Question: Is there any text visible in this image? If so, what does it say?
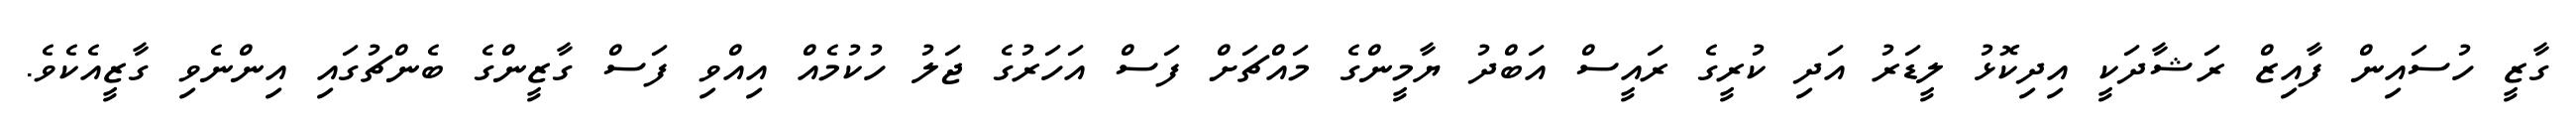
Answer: ގާޒީ ހުސައިން ފާއިޒް ރަޝާދަކީ އިދިކޮޅު ލީޑަރު އަދި ކުރީގެ ރައީސް އަބްދު ޔާމީންގެ މައްޗަށް ފަސް އަހަރުގެ ޖަލު ހުކުމެއް އިއްވި ފަސް ގާޒީންގެ ބެންޗުގައި އިންނެވި ގާޒީއެކެވެ.